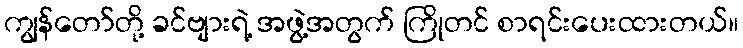
ကျွန်တော်တို့ ခင်ဗျားရဲ့ အဖွဲ့အတွက် ကြိုတင် စာရင်းပေးထားတယ်။